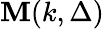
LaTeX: \mathbf{M}(k,\Delta)